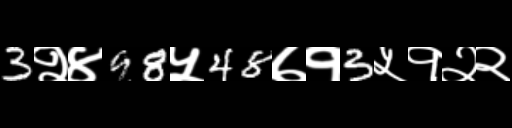
Text: 3२४98५48७१3५१२२